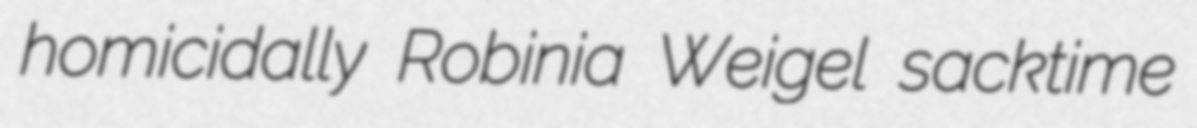
homicidally Robinia Weigel sacktime